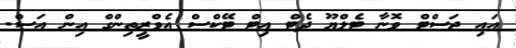
އައި ޖަސްޓް ވޮނާ ޓެލްޔޫ ދެޓް އިޓް ޓޭކްސް އެވްރީތިންގް އިން އަސް.